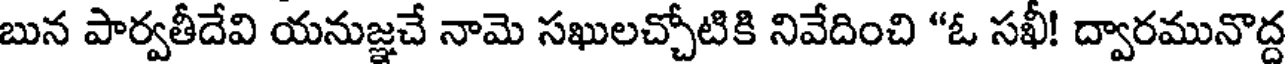
బున పార్వతీదేవి యనుజ్ఞచే నామె సఖులచ్చోటికి నివేదించి "ఓ సఖీ! ద్వారమునొద్ద